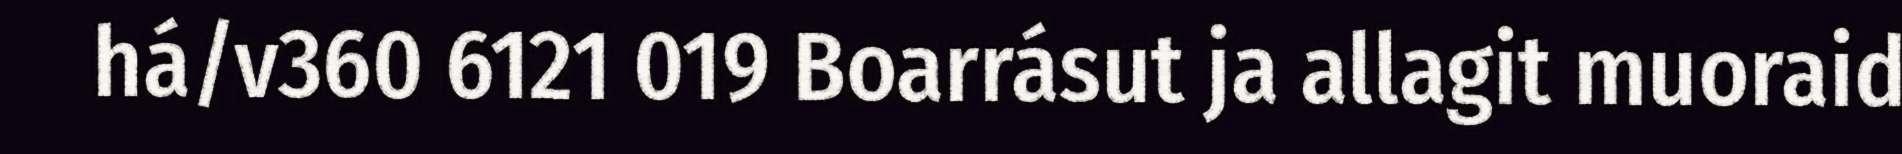
há/v360 6121 019 Boarrásut ja allagit muoraid